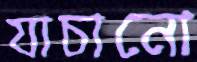
যাচানো